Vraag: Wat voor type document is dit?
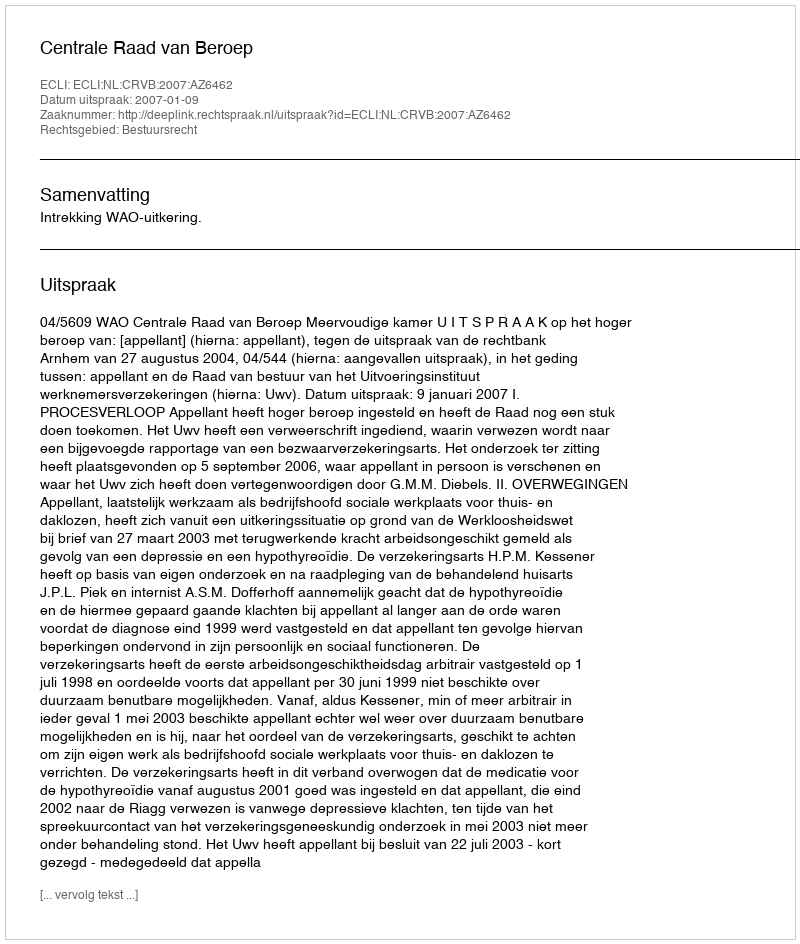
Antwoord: Uitspraak